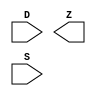
module sky130_fd_sc_hdll__muxb4to1 (
    //# {{data|Data Signals}}
    input  [3:0] D,
    output       Z,

    //# {{control|Control Signals}}
    input  [3:0] S
);

    // Voltage supply signals
    supply1 VPWR;
    supply0 VGND;
    supply1 VPB ;
    supply0 VNB ;

endmodule